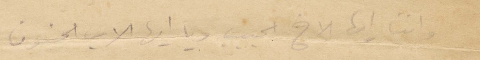
وانت أيها الأخ الحبيب ويا أيها الاب الحنون